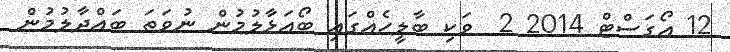
12 އޯގަސްޓް 2014 2  ވަކި ބާލީހެއްގައި ބޯއަޅާލުމުން ނުވަތަ ބައްދާލުމުން